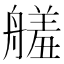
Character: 𦪋